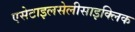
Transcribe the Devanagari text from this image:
एसेटाइलसेलीसाइक्लिक